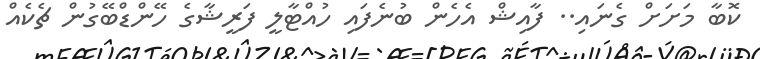
ކޮބާ މަށަށް ގެނައި.. ފާއިޝް އެހެން ބުނެފައި ހުއްޓާލީ ފަރީޝާގެ ހޭންޑްބޭގުން ޗެކެއް